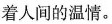
着人间的温情。